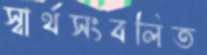
স্বার্থসংবলিত